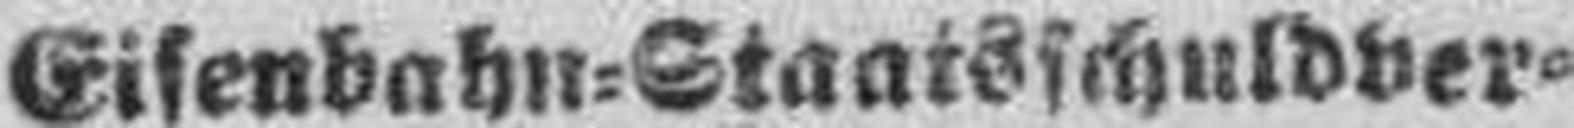
Eisenbahn=Staatsschuldver¬